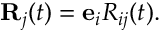
\begin{array} { r } { { \bf R } _ { j } ( t ) = { \bf e } _ { i } R _ { i j } ( t ) . } \end{array}